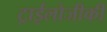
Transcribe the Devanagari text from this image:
ट्राईलोजीकी